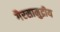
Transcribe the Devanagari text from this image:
गैरसामुद्रीय